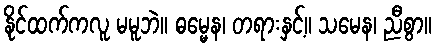
နိုင်ထက်ကလူ မမူဘဲ။ ဓမ္မေန၊ တရားနှင့်။ သမေန၊ ညီစွာ။